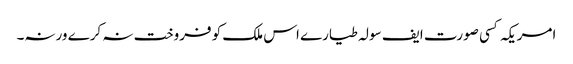
﻿ امریکہ کسی صورت ایف سولہ طیارے اس ملک کو فروخت نہ کرے ورنہ۔